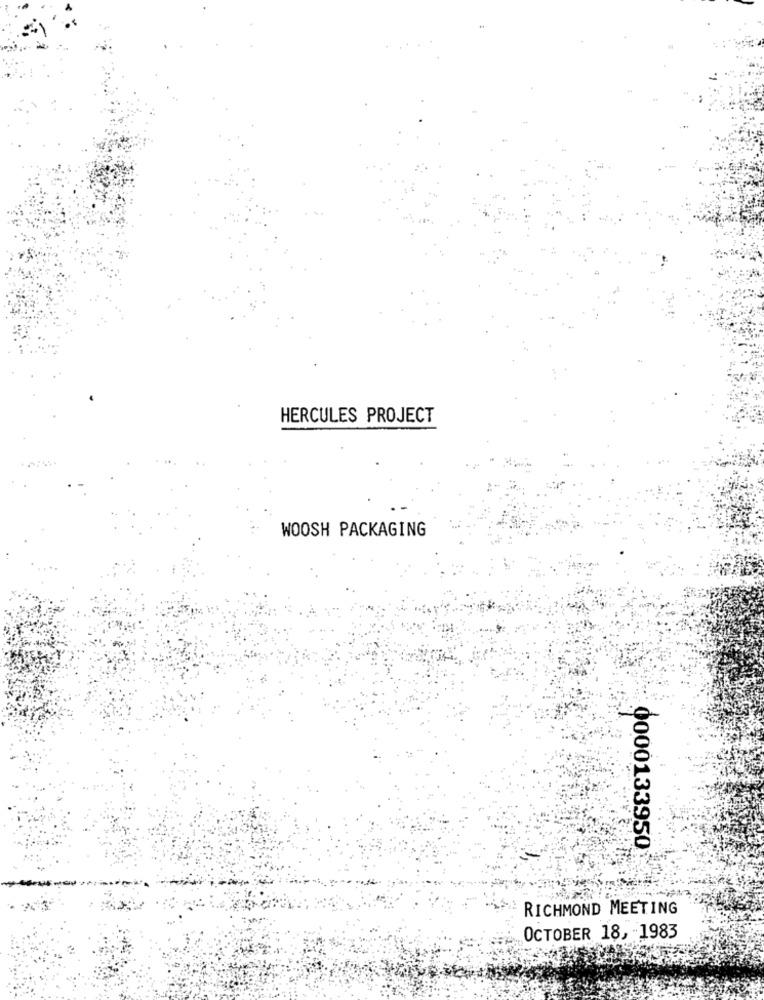
HERCULES PROJECT
WOOSH PACKAGING
0000133950
RICHMOND MEETING
OCTOBER 18, - 1983